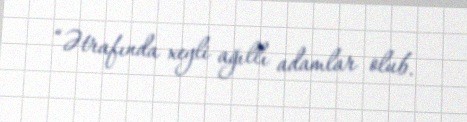
“Ətrafında xeyli ağıllı adamlar olub.